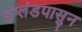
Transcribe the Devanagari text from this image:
इंग्लंडपासुन